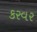
કરવર